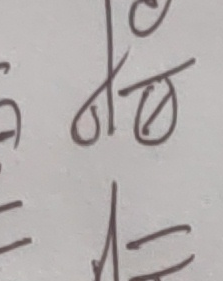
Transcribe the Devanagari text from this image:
तो